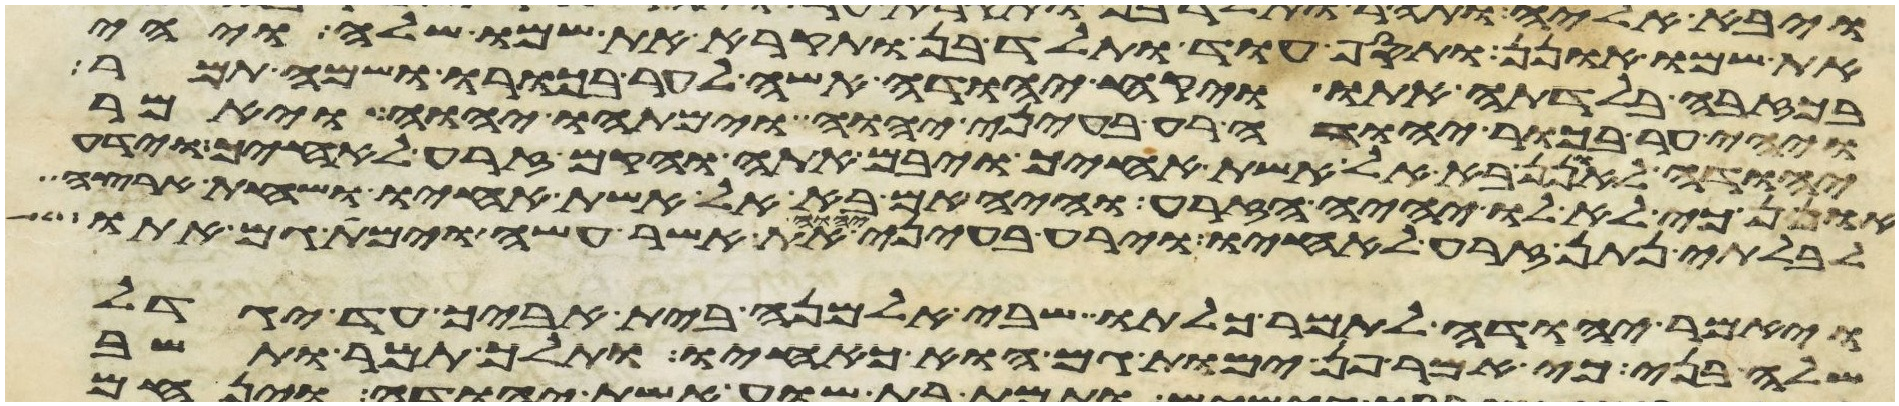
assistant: את שמו אונן ותסף עוד ותלד בן ותקרא את שמו שלה ויהי
בכזבה בלדתה אתו ויקח יהודה אשה לער בכורו ושמה תמר
ויהי ער בכור יהודה רע בעיני יהוה וימתהו יהוה ויאמר
יהודה לאונן בא אל אשת אחיך ויבם אתה והקם זרע לאחיך וידע
אונן כי לא לו יהיה הזרע והיה אם בא אל אשת אחיו ושחת ארצה
לבלתי נתן זרע לאחיו וירע בעיני יהוה את אשר עשה וימת גם אתו
ויאמר יהודה לתמר כלתו שבי אלמנה בית אביך עד יגדל
שלה בני כי אמר פן ימות גם הוא כאחיו ותלך תמר ותשב